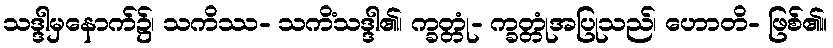
သဒ္ဒါမှနောက်၌၊ သကိဿ- သကိံသဒ္ဒါ၏၊ က္ခတ္တုံ- က္ခတ္တုံအပြုသည်၊ ဟောတိ- ဖြစ်၏။